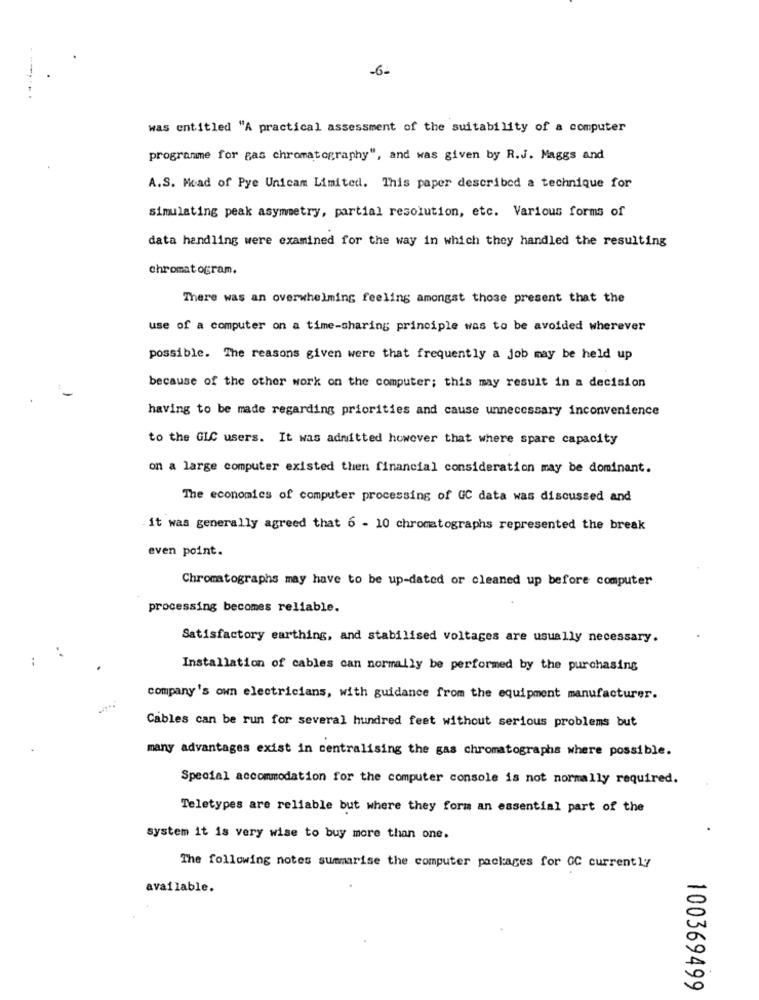
-6-
..
was entitled "A practical assessment of the suitability of a computer
programme for gas chromatography", and was given by R.J. Maggs and
A.S. Moad of Pye Unicam Limited. This paper described a technique for
simulating peak asymmetry, partial resolution, etc. Various forms of
data handling were examined for the way in which they handled the resulting
chromatogram.
There was an overwhelming feeling amongst those present that the
use of a computer on a time-sharing principle was to be avoided wherever
possible. The reasons given were that frequently a job may be held up
because of the other work on the computer; this may result in a decision
having to be made regarding priorities and cause unnecessary inconvenience
to the GLC users. It was admitted however that where spare capacity
on a large computer existed then financial consideration may be dominant.
The economics of computer processing of GC data was discussed and
it was generally agreed that 6 - 10 chromatographs represented the break
even point.
Chromatographs may have to be up-dated or cleaned up before computer
processing becomes reliable.
Satisfactory earthing, and stabilised voltages are usually necessary.
Installation of cables can normally be performed by the purchasing
company's own electricians, with guidance from the equipment manufacturer.
Cables can be run for several hundred feet without serious problems but
many advantages exist in centralising the gas chromatographs where possible.
Special accommodation for the computer console is not normally required.
Teletypes are reliable but where they form an essential part of the
system it is very wise to buy more than one.
The following notes summarise the computer packages for OC currently
available.
100369499